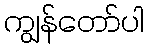
ကျွန်တော်ပါ